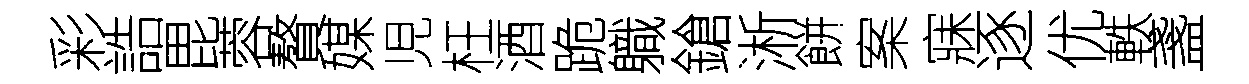
彩誥毘蓉贅媒児枉酒跪軄鎗淅餅案寐逐优軼盞